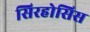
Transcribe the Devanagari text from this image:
सिरहोसिस